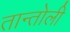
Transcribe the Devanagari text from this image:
तान्तोली